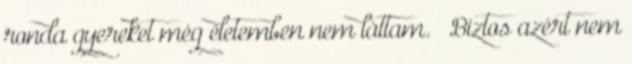
ronda gyereket még életemben nem láttam.” „Biztos azért nem